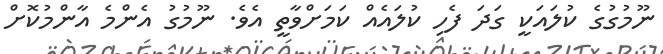
ނޫމުގުގެ ކުލައަކީ ގަދަ ފެހި ކުލައެއް ކަމަށްވާތީ އެވެ. ނޫމުގު އެންމެ އާންމުކޮށް